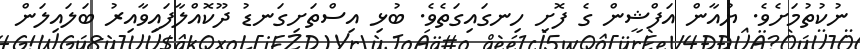
ނުކުތުމަށެވެ. ޔުއާން އަފްޝީން ގެ ފޮށި ހިނގައިގަތެވެ. ބުޅި އިސްތަށިގަނޑު ދޫކޮއްލާފައިވާއިރު ބަލައިލަން